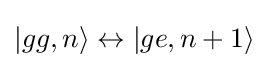
|gg,n\rangle \leftrightarrow |ge,n+1\rangle